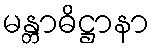
မန္တာဓိဋ္ဌာနာ